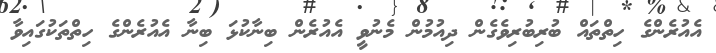
އެއުރެންގެ ހިތްތައް ބުރިބުރިވެގެން ދިއުމުން މެނުވީ އެއުރެން ބިނާކުޅަ ބިނާ އެއުރެންގެ ހިތްތަކުގައިވާ